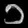
Digit: ၁